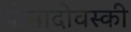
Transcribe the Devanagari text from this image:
पोसादोवस्की